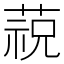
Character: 𱾋